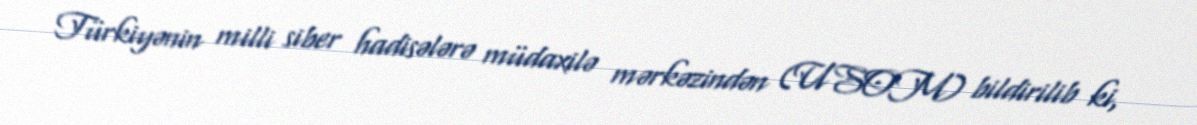
Türkiyənin milli siber hadisələrə müdaxilə mərkəzindən (USOM) bildirilib ki,